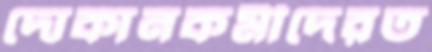
দোকানকর্মীদেরত